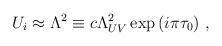
\begin{align*} U_i \approx \Lambda^2 \equiv c\Lambda_{UV}^2 \exp{(i\pi\tau_0)}\ ,\end{align*}